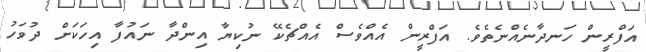
އަފްރީން ހަނދާނެއްނެތެވެ. އަފްރީން އެއްވެސް އެއްޗެކޭ ނުކިޔާ އިންދާ ނައުފާ އިހަކަށް ދުވަހު